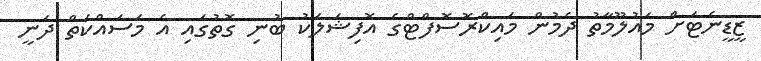
ޒީޑީނެޓަށް މައުލޫމާތު ދެމުން މައިކްރޮސޮފްޓްގެ އޮފިޝަލަކު ބުނި ގޮތުގައި އެ މަސައްކަތް ދަނީ